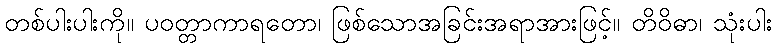
တစ်ပါးပါးကို။ ပဝတ္တာကာရတော၊ ဖြစ်သောအခြင်းအရာအားဖြင့်။ တိဝိဓာ၊ သုံးပါး